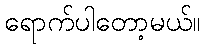
ရောက်ပါတော့မယ်။